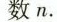
数n.